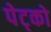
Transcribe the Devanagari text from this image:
पेट्को